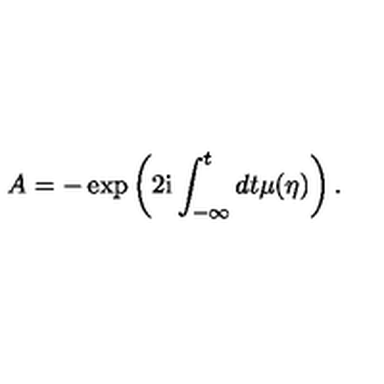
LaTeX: A = - \exp \left( 2 \mathrm { i } \int _ { - \infty } ^ { t } d t \mu ( \eta ) \right) .